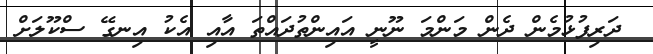
ދަރިފުޅުމެން ދެން މަންމަ ނޫނީ އައިންތުދައްތަ އާއި އެކު އިނގޭ ސްކޫލަށް